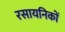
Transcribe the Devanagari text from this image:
रसायनिकों